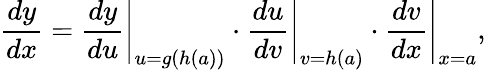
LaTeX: {\frac{dy}{dx}}=\left.{\frac{dy}{du}}\right|_{u=g(h(a))}\cdot\left.{\frac{du}{dv}}\right|_{v=h(a)}\cdot\left.{\frac{dv}{dx}}\right|_{x=a},